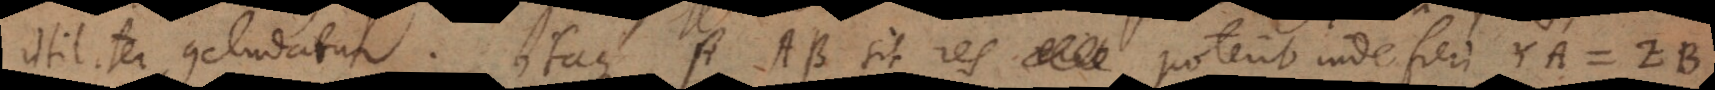
utiliter concludatur. Itaque si AB sit res poterit inde fieri YA = ZB,